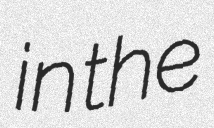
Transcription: in the